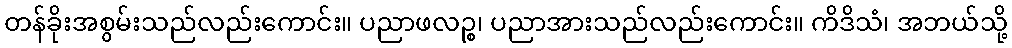
တန်ခိုးအစွမ်းသည်လည်းကောင်း။ ပညာဖလဉ္စ၊ ပညာအားသည်လည်းကောင်း။ ကိဒိသံ၊ အဘယ်သို့